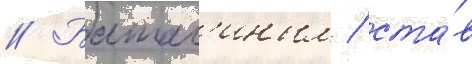
// Батал'иным / ста́в